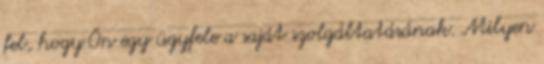
fel, hogy Ön egy ügyfele a saját szolgáltatásának. Milyen